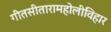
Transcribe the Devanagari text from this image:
गीतसीतारामहोलीविहार